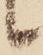
候